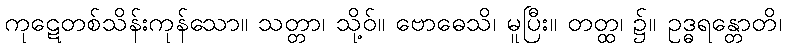
ကုဋေတစ်သိန်းကုန်သော။ သတ္တာ၊ သို့ဝ်။ ဗောဓေသိ၊ မူပြီး။ တတ္ထ၊ ၌။ ဥဒ္ဓရန္တောတိ၊